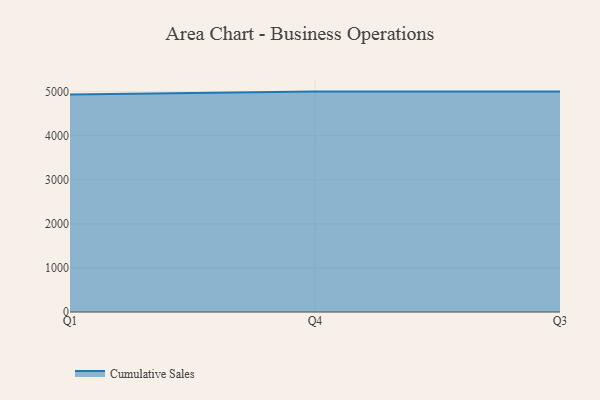
{"axis": {"x": "Quarter", "y": "Latency (ms)"}, "legend": ["Cumulative Sales"], "data": [{"x": "Q1", "y": 4931.5, "type": "Cumulative Sales"}, {"x": "Q4", "y": 5000, "type": "Cumulative Sales"}, {"x": "Q3", "y": 5000, "type": "Cumulative Sales"}]}